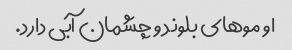
او موهای بلوند و چشمان آبی دارد.